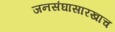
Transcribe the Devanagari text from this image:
जनसंघासारखाच